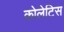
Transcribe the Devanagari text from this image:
कोलेटिस